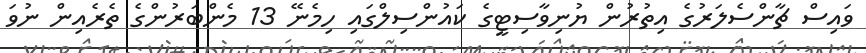
ވައިސް ޗާންސެލަރުގެ އިތުރުން ޔުނިވާސިިޓީގެ ކައުންސިލްގައި ހިމެނޭ 13 މެންބަރުންގެ ތެރެއިން ނުވަ